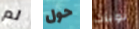
لم حول نوبات